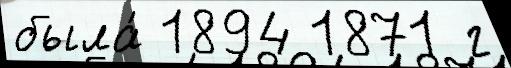
была́ 1894 1871 г